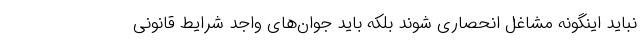
نباید اینگونه مشاغل انحصاری شوند بلکه باید جوان‌های واجد شرایط قانونی